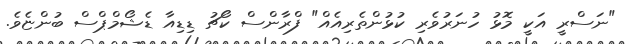
"ނަސްރީ އަކީ މޮޅު ހުނަރުވެރި ކުޅުންތެރިއެއް" ފްރާންސް ކޯޗު ޑިޑިއާ ޑެޝޯމްޕްސް ބުންޏެވެ.